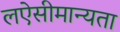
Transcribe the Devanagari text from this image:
लऐसीमान्यता